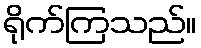
ရိုက်ကြသည်။